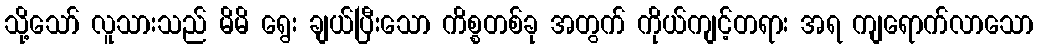
သို့သော် လူသားသည် မိမိ ရွေး ချယ်ပြီးသော ကိစ္စတစ်ခု အတွက် ကိုယ်ကျင့်တရား အရ ကျရောက်လာသော